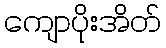
ကျောပိုးအိတ်